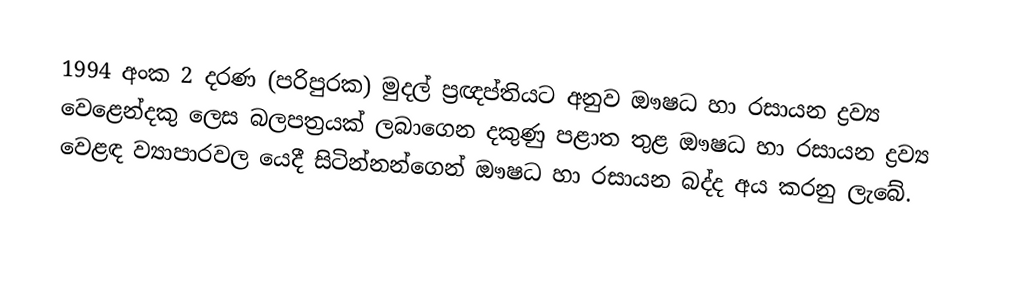
1994 අංක 2 දරණ (පරිපුරක) මුදල් ප්‍රඥප්තියට අනුව ඖෂධ හා රසායන ද්‍රව්‍ය වෙළෙන්දකු ලෙස බලපත්‍රයක් ලබාගෙන දකුණු පළාත තුළ ඖෂධ හා රසායන ද්‍රව්‍ය වෙළඳ ව්‍යාපාරවල යෙදී සිටින්නන්ගෙන් ඖෂධ හා රසායන බද්ද අය කරනු ලැබේ.